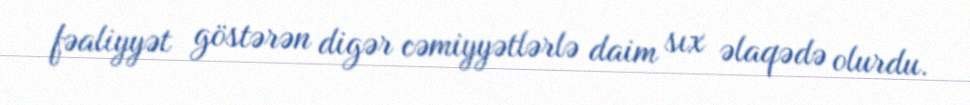
fəaliyyət göstərən digər cəmiyyətlərlə daim sıx əlaqədə olurdu.